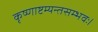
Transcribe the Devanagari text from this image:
कृष्णाष्टम्यन्तसम्भवः।